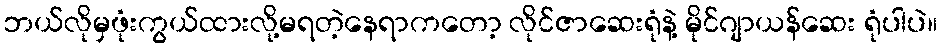
ဘယ်လိုမှဖုံးကွယ်ထားလို့မရတဲ့နေရာကတော့ လိုင်ဇာဆေးရုံနဲ့ မိုင်ဂျာယန်ဆေး ရုံပါပဲ။